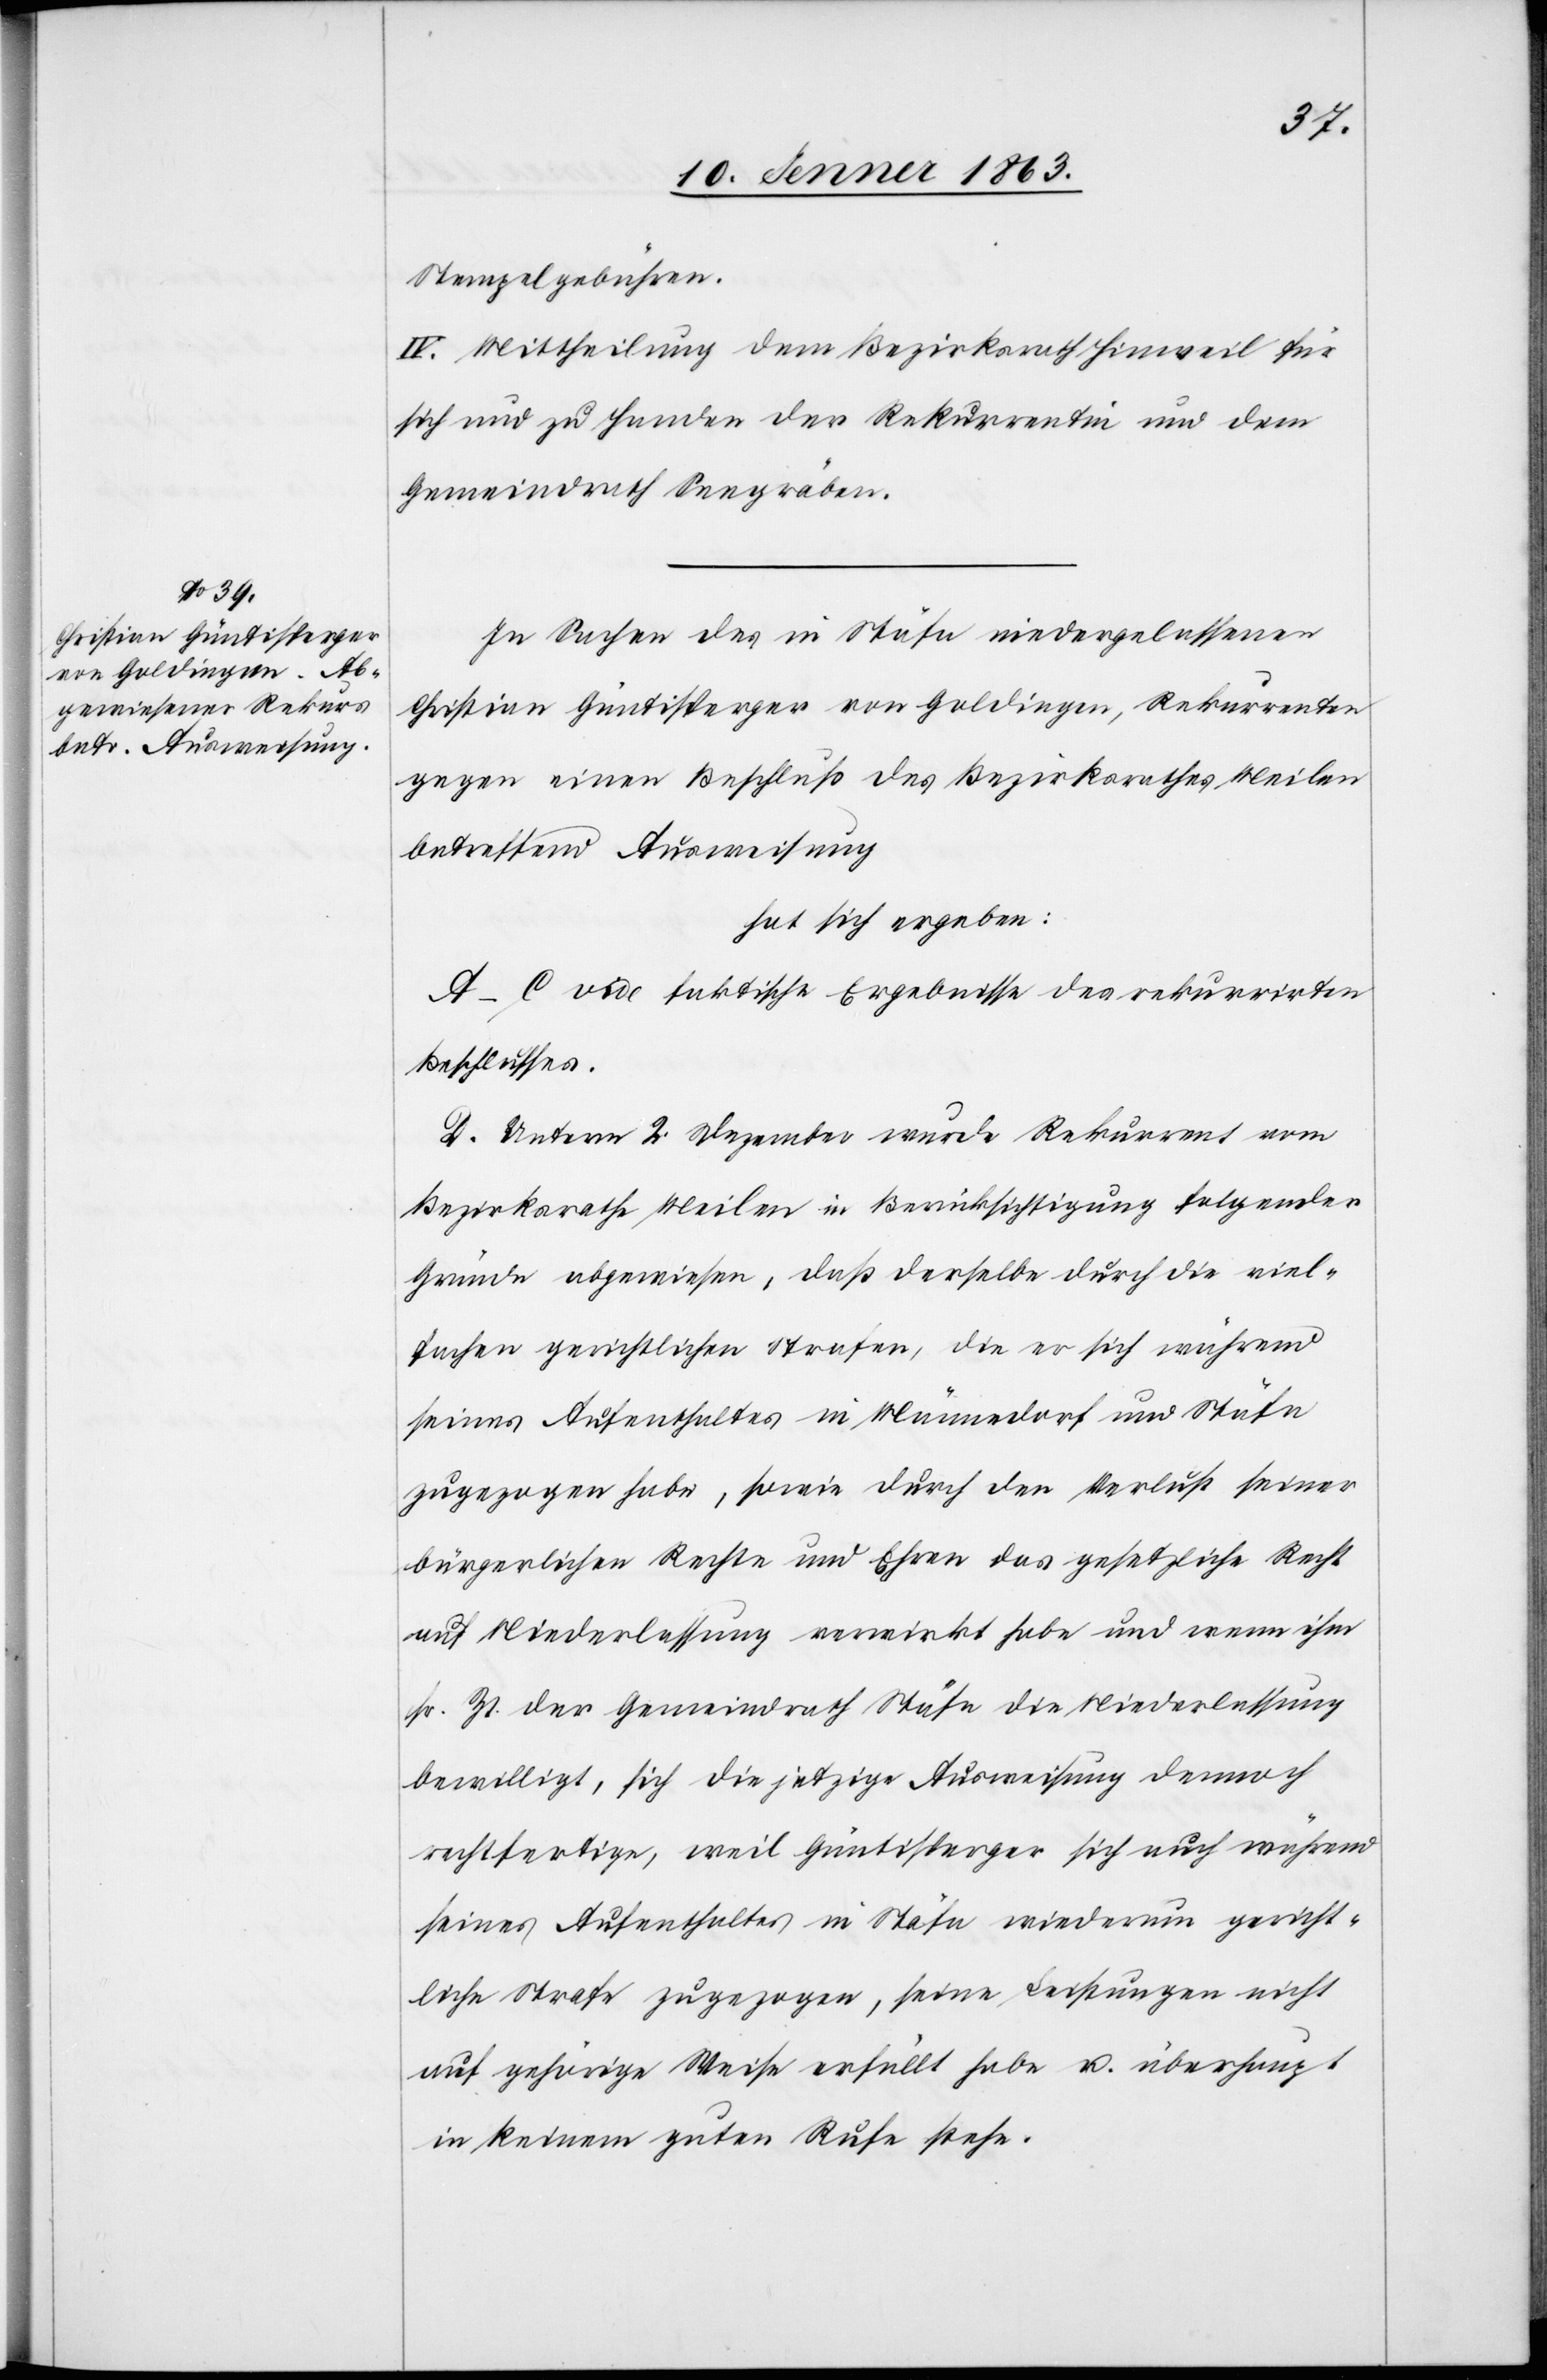
Stempelgebühren.
IV. Mittheilung dem Bezirksrath Hinweil für
sich und zu Handen der Rekurrentin und dem
Gemeindrath Seegräben.
In Sachen des in Stäfa niedergelassenen
Christian Güntisperger von Goldingen, Rekurrenten
gegen einen Beschluß des Bezirksrathes Meilen
betreffend Ausweisung
hat sich ergeben:
A–C vide faktische Ergebnisse des rekurrirten
Beschlusses.
D. Unterm 2. Dezember wurde Rekurrent vom
Bezirksrathe Meilen in Berücksichtigung folgender
Gründe abgewiesen, daß derselbe durch die viel¬
fachen gerichtlichen Strafen, die er sich während
seines Aufenthaltes in Männedorf und Stäfa
zugezogen habe, sowie durch den Verlust seiner
bürgerlichen Rechte und Ehren das gesetzliche Recht
auf Niederlassung verwirkt habe und wenn ihm
sr. Zt. der Gemeindrath Stäfa die Niederlassung
bewilligt, sich die jetzige Ausweisung dennoch
rechtfertige, weil Güntisperger sich auch während
seines Aufenthaltes in Stäfa wiederum gericht¬
liche Strafe zugezogen, seine Leistungen nicht
auf gehörige Weise erfüllt habe u. überhaupt
in keinem guten Rufe stehe.